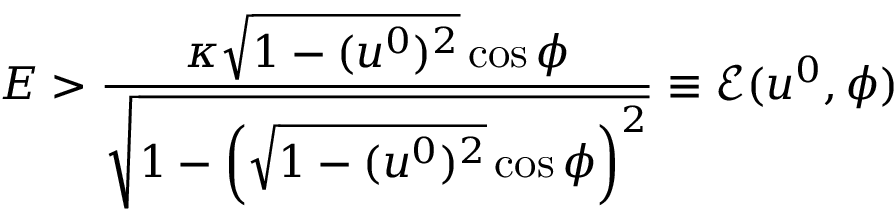
E > \frac { \kappa \sqrt { 1 - ( u ^ { 0 } ) ^ { 2 } } \cos \phi } { \sqrt { 1 - \left( \sqrt { 1 - ( u ^ { 0 } ) ^ { 2 } } \cos \phi \right) ^ { 2 } } } \equiv \mathcal { E } ( u ^ { 0 } , \phi )